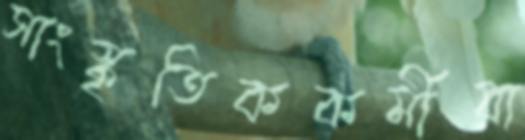
সাংস্কৃতিককর্মীরা